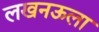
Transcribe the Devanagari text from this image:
लखनऊला